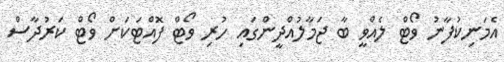
އެމަނިކުފާނު ވޯޓް ލެއްވީ ބާ ޖަމާލުއްދީންގައި ހުރި ވޯޓް ފޮއްޓަކަށް ވޯޓް ކަރުދާސް